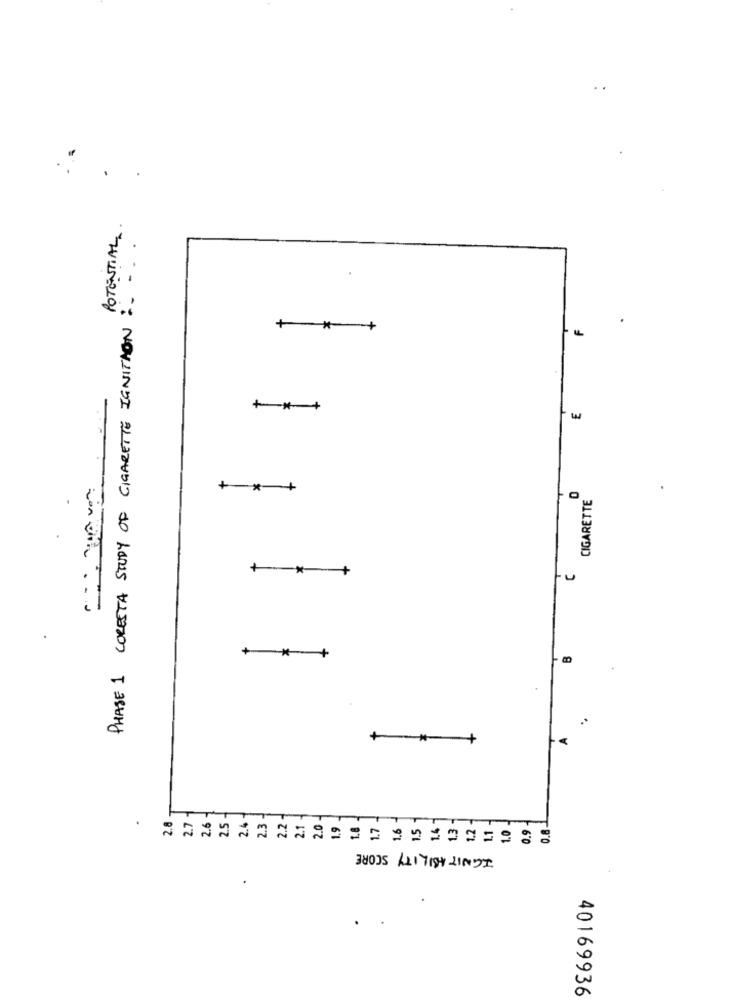
."
POTENTIAL.
PHASE 1 CORESTA STUDY OF CIGARETTE IGNITION :...
++ +
+ *- +
3
+*+
CIGARETTE
++
U
+*
+
IGNITABILITY SCORE
40169936